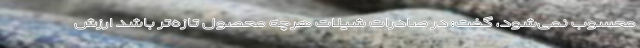
محسوب نمی‌شود، گفت: در صادرات شیلات هرچه محصول تازه‌تر باشد ارزش